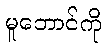
မူဘောင်ကို